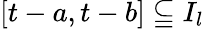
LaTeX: [t-a,t-b]\subseteqq I_{l}